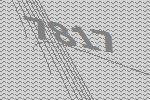
7817